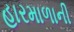
હારમાળાની